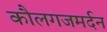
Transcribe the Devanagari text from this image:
कौलगजमर्दन